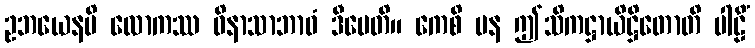
ဥဘယေနပိ လောကဿ ဝိနာသာဘာဝံ ဒီပေတိ။ ကေစိ ပန ဤသိကဋ္ဌာယိဋ္ဌိတောတိ ပါဠိံ